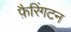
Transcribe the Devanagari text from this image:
फ़ैरिंगटन